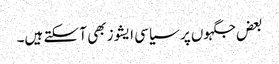
بعض جگہوں پر سیاسی ایشوز بھی آ سکتے ہیں۔